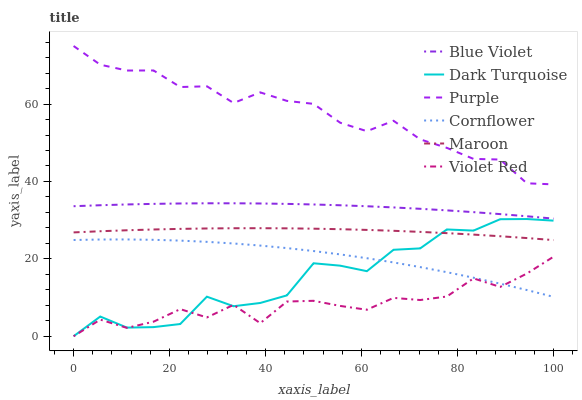
| xaxis_label | Blue Violet | Dark Turquoise | Purple | Cornflower | Maroon | Violet Red |
 | --- | --- | --- | --- | --- | --- | --- |
 | 0 | 33.6 | 0 | 75 | 24.9 | 26.8 | 0 |
 | 5.56 | 33.9 | 5.09 | 70.2 | 25 | 27.1 | 4.3 |
 | 11.1 | 34.1 | 2.24 | 68.7 | 25 | 27.4 | 2.16 |
 | 16.7 | 34.2 | 2.36 | 68.7 | 24.9 | 27.6 | 3.77 |
 | 22.2 | 34.3 | 3.16 | 64.4 | 24.7 | 27.7 | 7.01 |
 | 27.8 | 34.4 | 10.2 | 64.6 | 24.4 | 27.9 | 4.86 |
 | 33.3 | 34.4 | 7.76 | 60.3 | 24 | 27.9 | 8.12 |
 | 38.9 | 34.3 | 8.6 | 63 | 23.4 | 27.9 | 3.38 |
 | 44.4 | 34.2 | 10.6 | 60.8 | 22.8 | 27.9 | 8.97 |
 | 50 | 34.1 | 18.9 | 60.1 | 22 | 27.8 | 9.16 |
 | 55.6 | 33.8 | 18.2 | 55.2 | 21.1 | 27.7 | 7.84 |
 | 61.1 | 33.6 | 16.8 | 53 | 20.2 | 27.5 | 6.85 |
 | 66.7 | 33.3 | 22.3 | 55.7 | 19.1 | 27.2 | 9.91 |
 | 72.2 | 32.9 | 22.7 | 50.9 | 17.9 | 27 | 9.36 |
 | 77.8 | 32.5 | 27.6 | 48.7 | 16.6 | 26.6 | 10.3 |
 | 83.3 | 32.1 | 27.3 | 45.8 | 15.1 | 26.3 | 15 |
 | 88.9 | 31.6 | 30.2 | 45.7 | 13.6 | 25.8 | 12.7 |
 | 94.4 | 31 | 30.3 | 39.5 | 11.9 | 25.4 | 16.2 |
 | 100 | 30.4 | 29.9 | 39.2 | 10.2 | 24.9 | 20.6 |